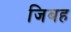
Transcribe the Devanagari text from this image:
जिबह